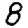
Digit: 8